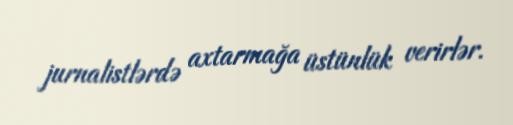
jurnalistlərdə axtarmağa üstünlük verirlər.